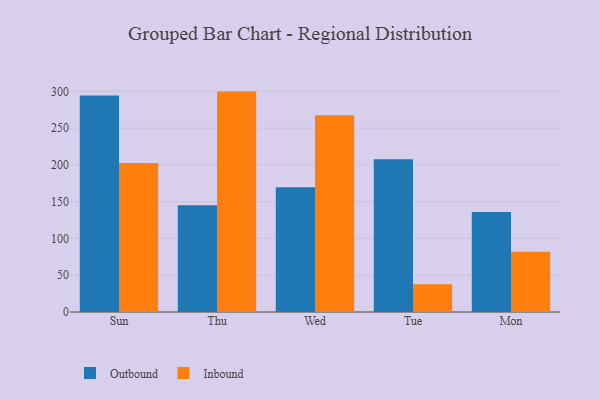
{"axis": {"x": "Day", "y": "Satisfaction Score"}, "legend": ["Inbound", "Outbound"], "data": [{"x": "Sun", "y": 294.4, "type": "Outbound"}, {"x": "Sun", "y": 202.5, "type": "Inbound"}, {"x": "Thu", "y": 145.1, "type": "Outbound"}, {"x": "Thu", "y": 299.6, "type": "Inbound"}, {"x": "Wed", "y": 169.7, "type": "Outbound"}, {"x": "Wed", "y": 267.3, "type": "Inbound"}, {"x": "Tue", "y": 207.8, "type": "Outbound"}, {"x": "Tue", "y": 37.7, "type": "Inbound"}, {"x": "Mon", "y": 136.1, "type": "Outbound"}, {"x": "Mon", "y": 82.0, "type": "Inbound"}]}